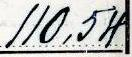
110,54